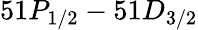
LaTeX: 51P_{1/2}-51D_{3/2}